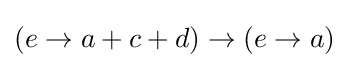
{\textstyle (e\rightarrow a+c+d)\rightarrow (e\rightarrow a)}